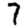
Digit: 7